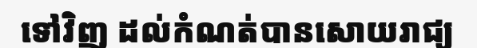
ទៅវិញ ដល់កំណត់បានសោយរាជ្យ